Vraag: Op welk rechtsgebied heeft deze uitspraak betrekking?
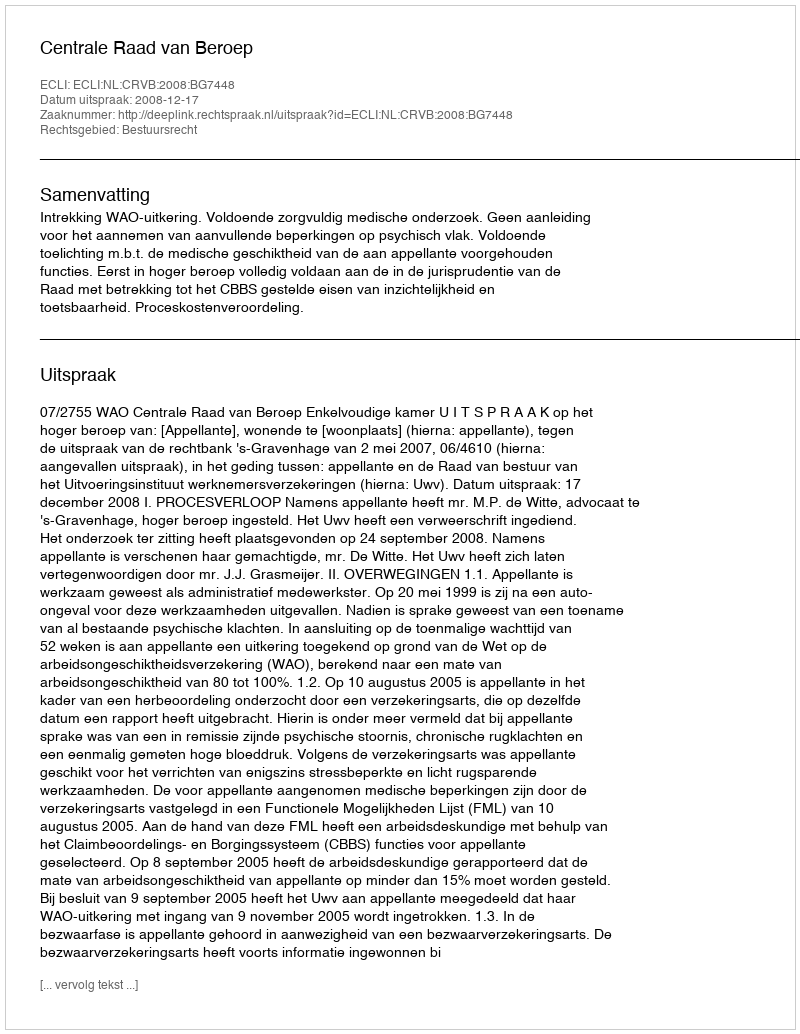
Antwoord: Bestuursrecht